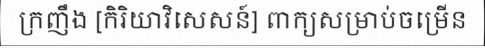
ក្រញឹង [កិរិយាវិសេសន៍] ពាក្យសម្រាប់ចម្រើន